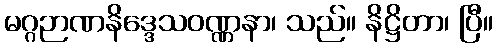
မဂ္ဂဉာဏနိဒ္ဒေသဝဏ္ဏနာ၊ သည်။ နိဋ္ဌိတာ၊ ပြီ။